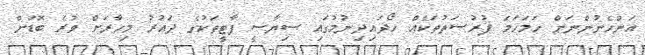
އަންހެނުންނަށް ހަމަހަމަ ފުރުޞަތުތަކެއް ހޯދައިދިނުމުގައި ސިޔާސީ ޕާޓީތަކުގެ ދައުރު މިހާރަށް ވުރެ ބޮޑަށް